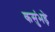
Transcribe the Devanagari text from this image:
कसुंभड़े